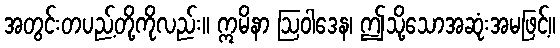
အတွင်းတပည့်တို့ကိုလည်း။ ဣမိနာ ဩဝါဒေန၊ ဤသို့သောအဆုံးအမဖြင့်။